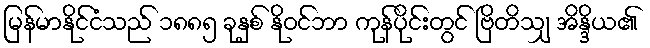
မြန်မာနိုင်ငံသည် ၁၈၈၅ ခုနှစ် နိုဝင်ဘာ ကုန်ပိုင်းတွင် ဗြိတိသျှ အိန္ဒိယ၏